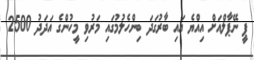
ޕީ ނޭޕާލްއަށް އިއްޔެ އައި ބާރުގަދަ ބިންހެލުމުގައި މަރުވި މީހުންގެ އަދަދު 2500